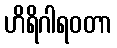
ဟိရိဂါရဝတာ